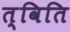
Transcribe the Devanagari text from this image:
त्विति